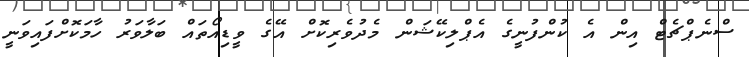
ސްނެޕްޗެޓް އިން އެ ކުންފުނީގެ އެޕްލިކޭޝަން މެދުވެރިކޮށް އޭގެ ވީޑިއޯތައް ބަލާވަރު ހާމަކޮށްފައިވަނީ